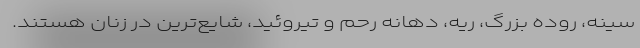
سینه، روده بزرگ، ریه، دهانه رحم و تیروئید، شایع‌ترین در زنان هستند.